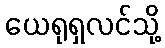
ယေရုရှလင်သို့